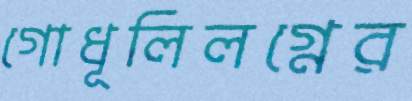
গোধূলিলগ্নের